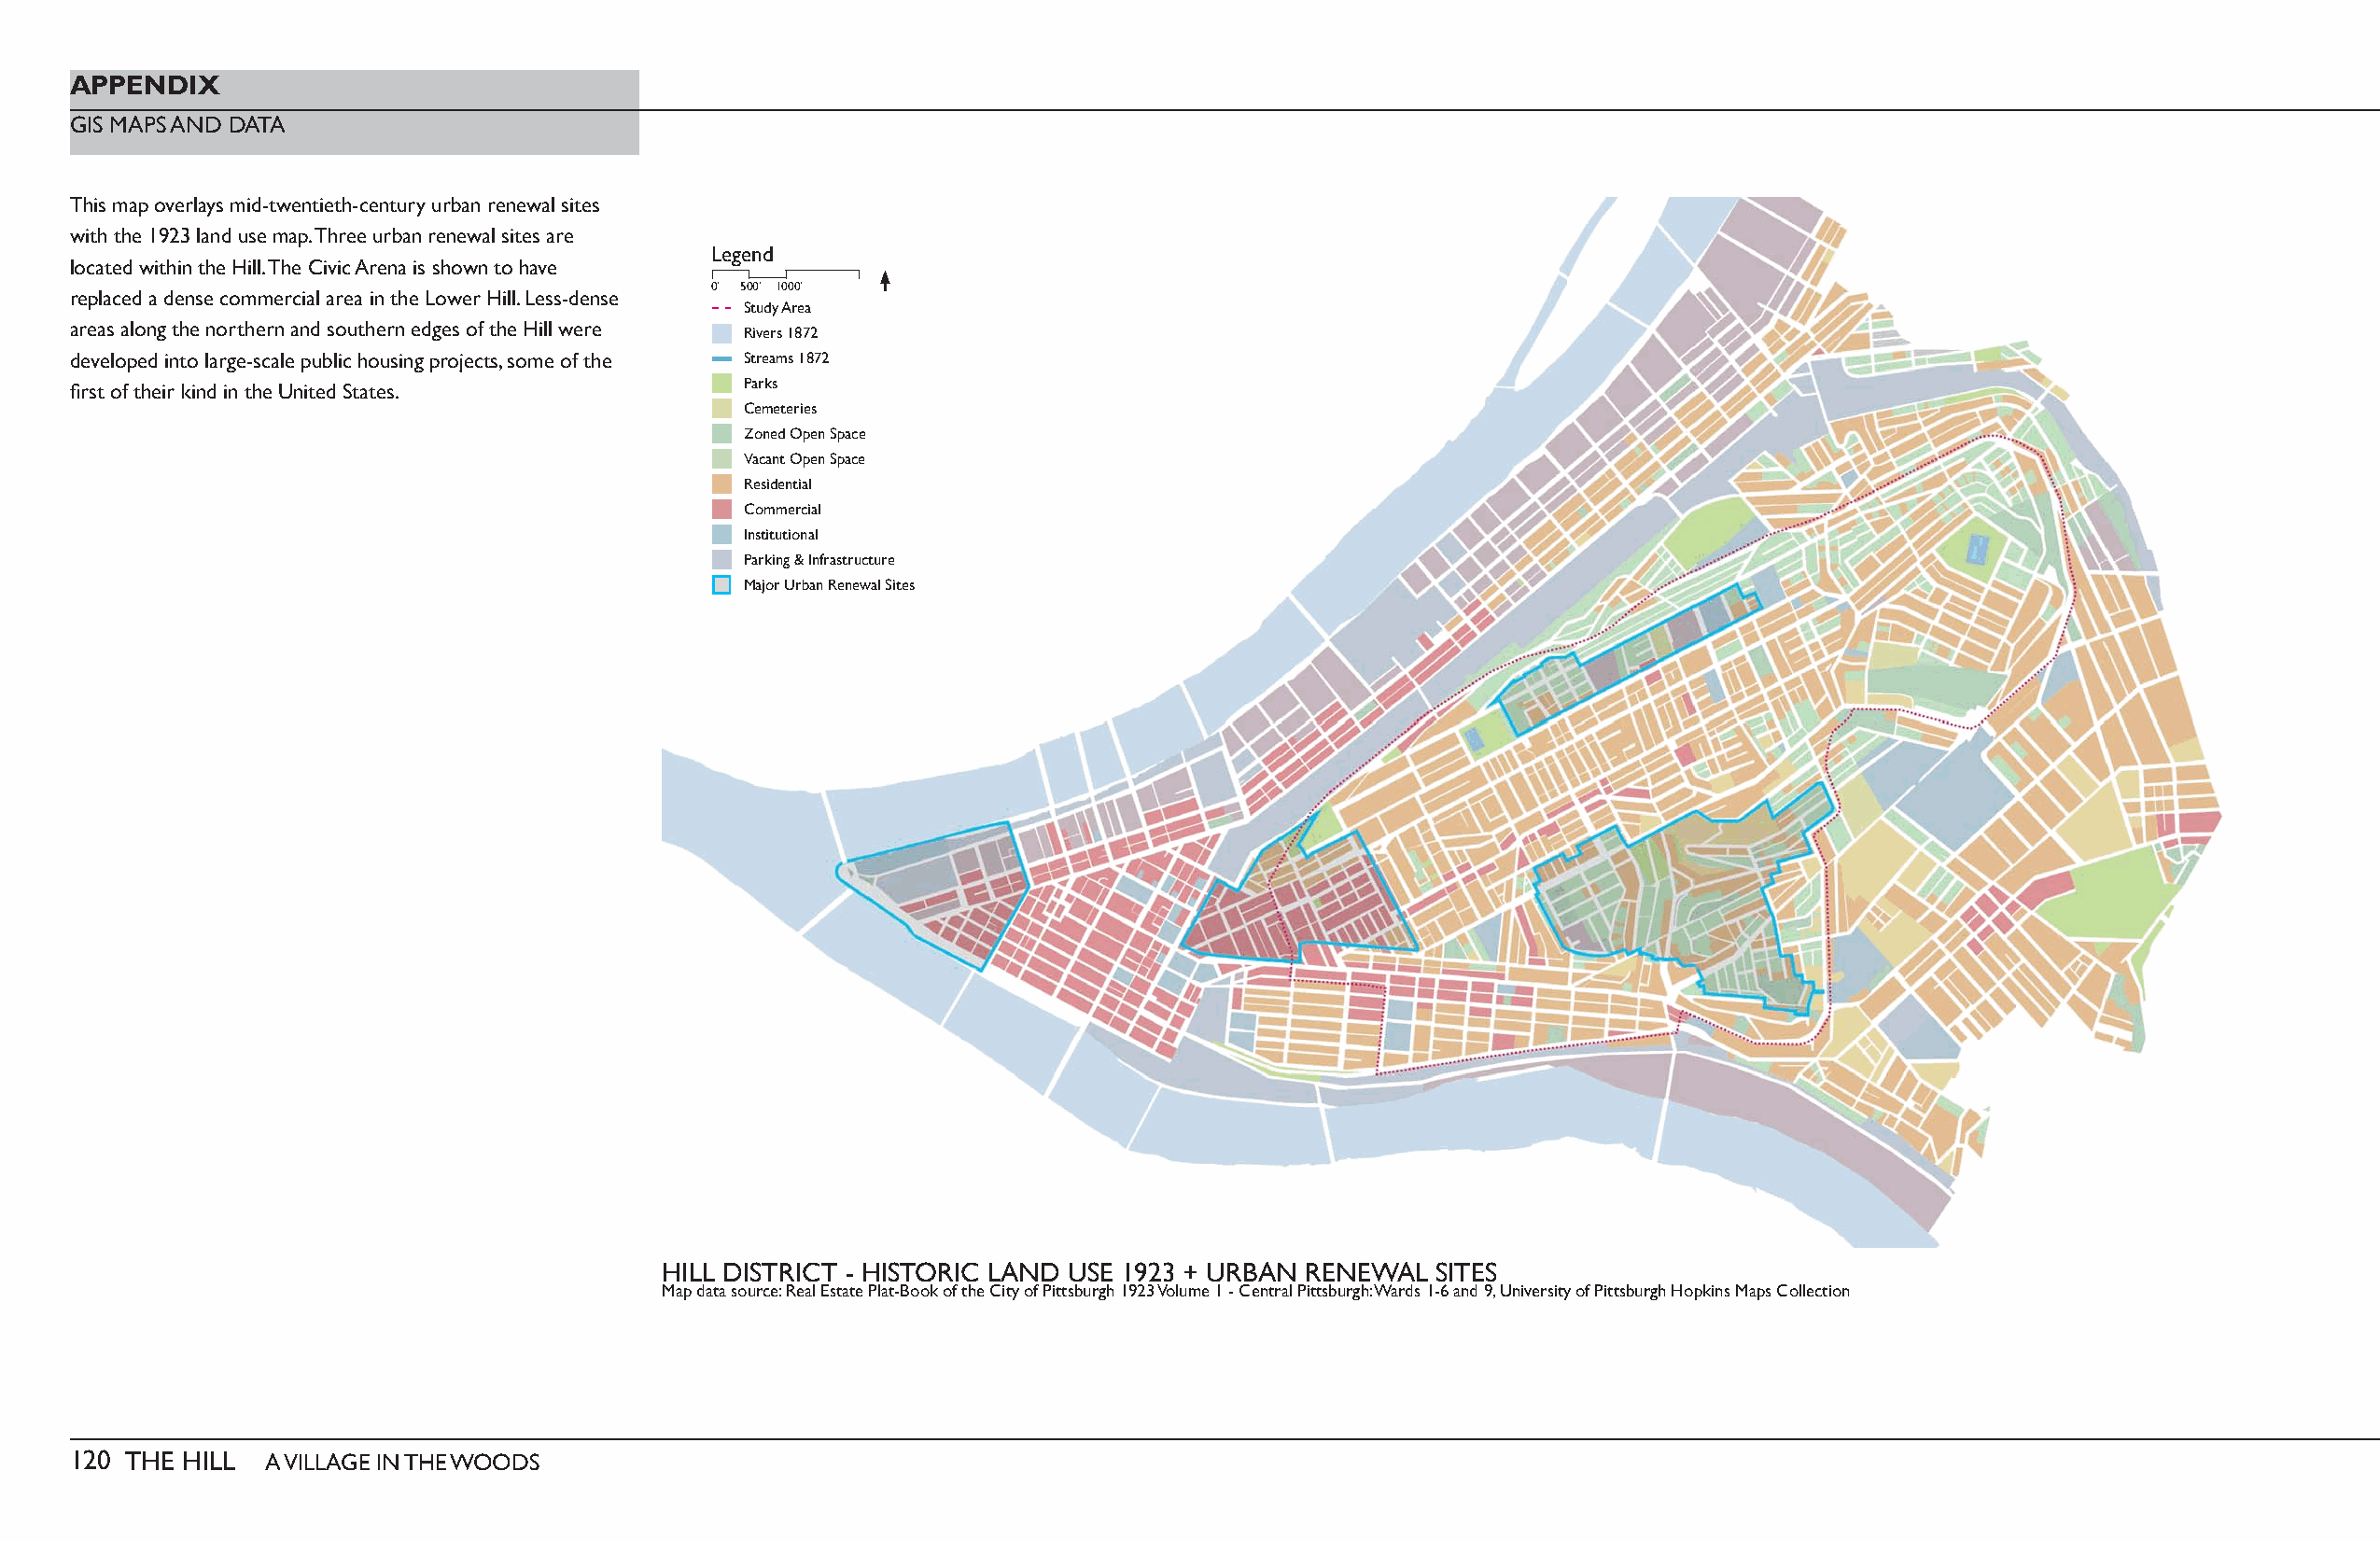
APPENDIX
 GIS MAPS AND DATA
 This map overlays mid-twentieth-century urban renewal sites
 with the 1923 land use map. Three urban renewal sites are
 Legend
 located within the Hill. The Civic Arena is shown to have
 0’ 500’ 1000’
 replaced a dense commercial area in the Lower Hill. Less-dense
 Study Area
 areas along the northern and southern edges of the Hill were
 Rivers 1872
 developed into large-scale public housing projects, some of the Streams 1872
 Parks
 fi rst of their kind in the United States.
 Cemeteries
 Zoned Open Space
 Vacant Open Space
 Residential
 Commercial
 Institutional
 Parking & Infrastructure
 Major Urban Renewal Sites
 HILL DISTRICT - HISTORIC LAND USE 1923 + URBAN RENEWAL SITES
 Map data source: Real Estate Plat-Book of the City of Pittsburgh 1923 Volume 1 - Central Pittsburgh: Wards 1-6 and 9, University of Pittsburgh Hopkins Maps Collection
 120 THE HILL  A VILLAGE IN THE WOODS